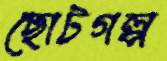
ছোটগল্প